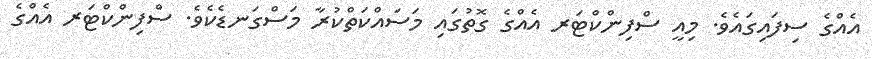
އެއްގެ ސިފައިގައެވެ. މިއީ ސްފިންކްޓަރ އެއްގެ ގޮތުގައި މަސައްކަތްކުރާ މަސްގަނޑެކެވެ. ސްފިންކްޓަރ އެއްގެ